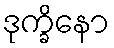
ဒုက္ခိနော